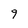
Character: 9